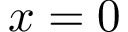
x = 0